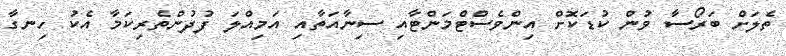
ތެލަށް ބަރޯސާ ވުން ކުޑަކޮށް އިންވެސްޓްމަންޓާއި ސިނާއަތާއި އަމިއްލަ ފުދުންތެރިކަމާ އެކު ހިނގާ